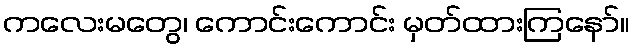
ကလေးမတွေ၊ ကောင်းကောင်း မှတ်ထားကြနော်။